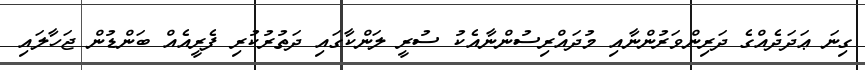
ގިނަ ޢަދަދެއްގެ ދަރިންވަރުންނާއި މުދައްރިސުންނާއެކު ސުރީ ލަންކާގައި ދަތުރުކުރި ފެރީއެއް ބަންޑުން ޖަހާލައި